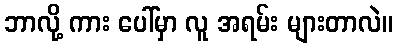
ဘာလို့ ကား ပေါ်မှာ လူ အရမ်း များတာလဲ။